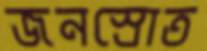
জনস্রোত